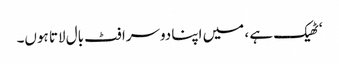
‘ٹھیک ہے ، میں اپنا دوسرا فٹ بال لاتا ہوں۔